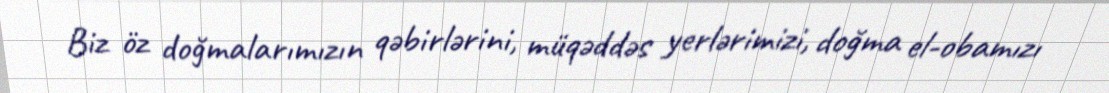
Biz öz doğmalarımızın qəbirlərini, müqəddəs yerlərimizi, doğma el-obamızı